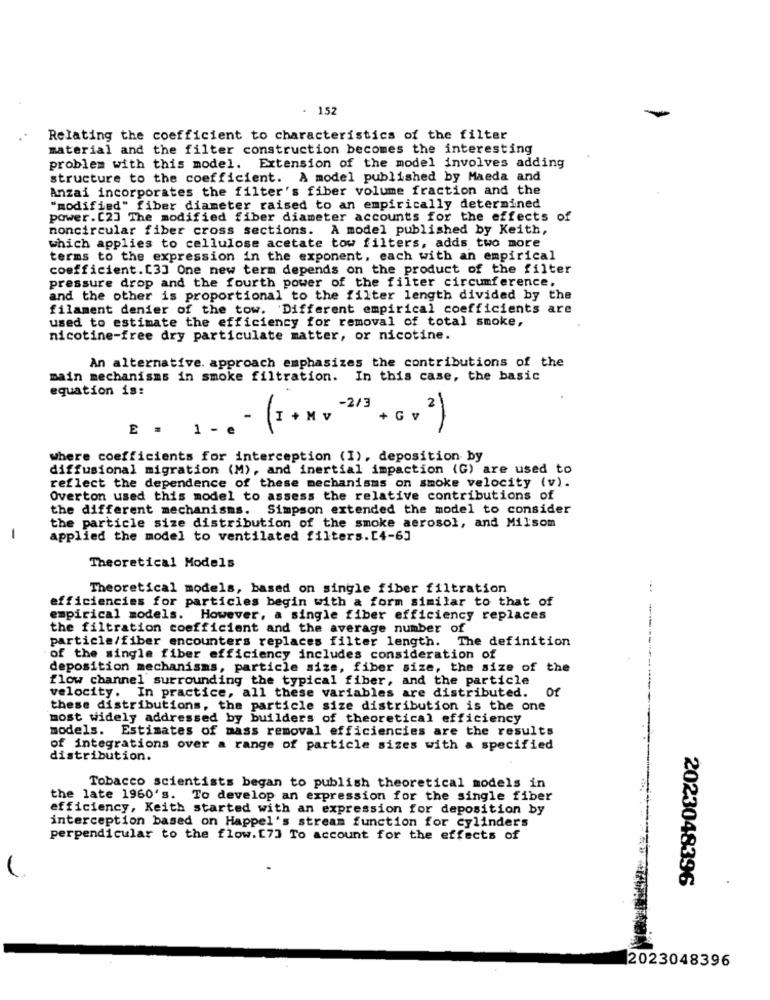
- 152
Relating the coefficient to characteristics of the filter
material and the filter construction becomes the interesting
problem with this model. Extension of the model involves adding
structure to the coefficient. A model published by Maeda and
Anzai incorporates the filter's fiber volume fraction and the
"modified" fiber diameter raised to an empirically determined
power. [2] The modified fiber diameter accounts for the effects of
noncircular fiber cross sections. A model published by Keith,
which applies to cellulose acetate tow filters, adds two more
terms to the expression in the exponent, each with an empirical
coefficient.[3] One new term depends on the product of the filter
pressure drop and the fourth power of the filter circumference,
and the other is proportional to the filter length divided by the
filament denier of the tow. Different empirical coefficients are
used to estimate the efficiency for removal of total smoke,
nicotine-free dry particulate matter, or nicotine.
An alternative. approach emphasizes the contributions of the
main mechanisms in smoke filtration. In this case, the basic
equation is:
E = 1.
- (=+ **- 213+ == 2)
where coefficients for interception (1), deposition by
diffusional migration (M), and inertial impaction (G) are used to
reflect the dependence of these mechanisms on smoke velocity (v).
Overton used this model to assess the relative contributions of
the different mechanisms.
Simpson extended the model to consider
the particle size distribution of the smoke aerosol, and Milsom
-
applied the model to ventilated filters.[4-63
Theoretical Models
Theoretical models, based on single fiber filtration
efficiencies for particles begin with a form similar to that of
empirical models. However, a single fiber efficiency replaces
the filtration coefficient and the average number of
particle/fiber encounters replaces filter length. The definition
of the single fiber efficiency includes consideration of
deposition mechanisms, particle size, fiber size, the size of the
flow channel surrounding the typical fiber, and the particle
velocity. In practice, all these variables are distributed. Of
these distributions, the particle size distribution is the one
most widely addressed by builders of theoretical efficiency
models. Estimates of mass removal efficiencies are the results
of integrations over a range of particle sizes with a specified
distribution.
Tobacco scientists began to publish theoretical models in
the late 1960's. To develop an expression for the single fiber
efficiency, Keith started with an expression for deposition by
interception based on Happel's stream function for cylinders
perpendicular to the flow.[7] To account for the effects of
2023048396
2023048396